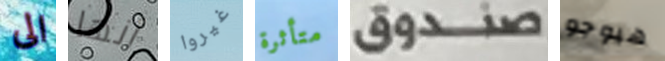
الى أنها غيروا متأثرة صندوق هيوجو